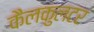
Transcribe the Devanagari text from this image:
कैलकुलटर